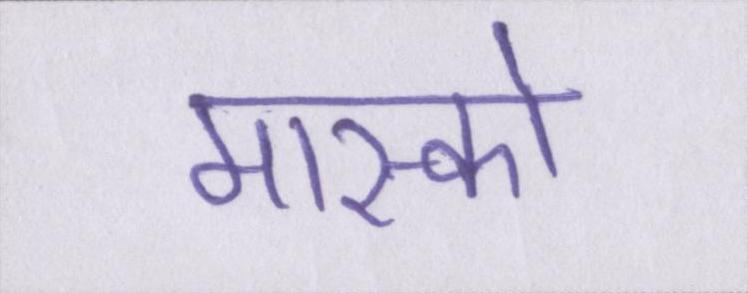
मास्को